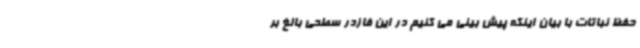
حفظ نباتات با بیان اینکه پیش بینی می کنیم در این فازدر سطحی بالغ بر